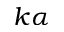
k \alpha